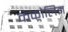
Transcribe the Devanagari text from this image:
कंकोलिम